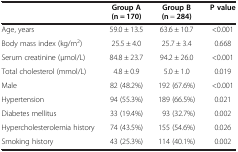
<table><thead><tr><td><b> </b></td><td><b>Group A(n = 170)</b></td><td><b>Group B(n = 284)</b></td><td><b>P value</b></td></tr></thead><tbody><tr><td>Age, years</td><td>59.0 ± 13.5</td><td>63.6 ± 10.7</td><td>&lt;0.001</td></tr><tr><td>Body mass index (kg/m<sup>2</sup>)</td><td>25.5 ± 4.0</td><td>25.7 ± 3.4</td><td>0.668</td></tr><tr><td>Serum creatinine (μmol/L)</td><td>84.8 ± 23.7</td><td>94.2 ± 26.0</td><td>&lt;0.001</td></tr><tr><td>Total cholesterol (mmol/L)</td><td>4.8 ± 0.9</td><td>5.0 ± 1.0</td><td>0.019</td></tr><tr><td>Male</td><td>82 (48.2%)</td><td>192 (67.6%)</td><td>&lt;0.001</td></tr><tr><td>Hypertension</td><td>94 (55.3%)</td><td>189 (66.5%)</td><td>0.021</td></tr><tr><td>Diabetes mellitus</td><td>33 (19.4%)</td><td>93 (32.7%)</td><td>0.002</td></tr><tr><td>Hypercholesterolemia history</td><td>74 (43.5%)</td><td>155 (54.6%)</td><td>0.026</td></tr><tr><td>Smoking history</td><td>43 (25.3%)</td><td>114 (40.1%)</td><td>0.002</td></tr></tbody></table>